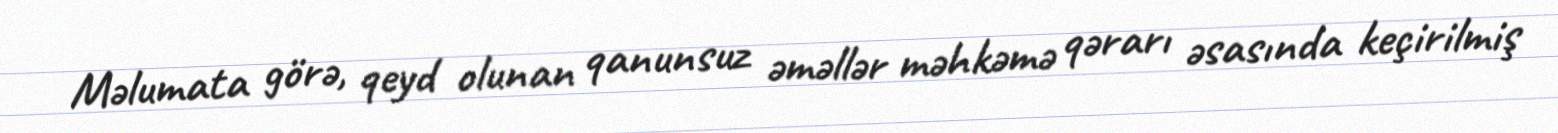
Məlumata görə, qeyd olunan qanunsuz əməllər məhkəmə qərarı əsasında keçirilmiş